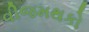
વીજમથકો